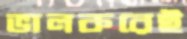
ভালকরেই